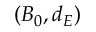
( B _ { 0 } , d _ { E } )